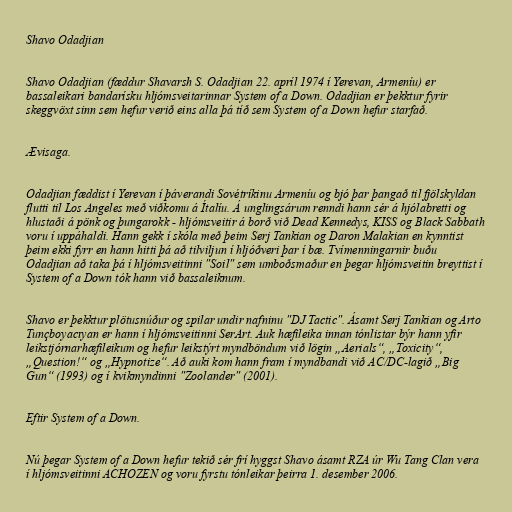
Shavo Odadjian

Shavo Odadjian (fæddur Shavarsh S. Odadjian 22. apríl 1974 í Yerevan, Armeníu) er
bassaleikari bandarísku hljómsveitarinnar System of a Down. Odadjian er þekktur fyrir
skeggvöxt sinn sem hefur verið eins alla þá tíð sem System of a Down hefur starfað.

Ævisaga.

Odadjian fæddist í Yerevan í þáverandi Sovétríkinu Armeníu og bjó þar þangað til fjölskyldan
flutti til Los Angeles með viðkomu á Ítalíu. Á unglingsárum renndi hann sér á hjólabretti og
hlustaði á pönk og þungarokk - hljómsveitir á borð við Dead Kennedys, KISS og Black Sabbath
voru í uppáhaldi. Hann gekk í skóla með þeim Serj Tankian og Daron Malakian en kynntist
þeim ekki fyrr en hann hitti þá að tilviljun í hljóðveri þar í bæ. Tvímenningarnir buðu
Odadjian að taka þá í hljómsveitinni "Soil" sem umboðsmaður en þegar hljómsveitin breyttist í
System of a Down tók hann við bassaleiknum.

Shavo er þekktur plötusnúður og spilar undir nafninu "DJ Tactic". Ásamt Serj Tankian og Arto
Tunçboyacıyan er hann í hljómsveitinni SerArt. Auk hæfileika innan tónlistar býr hann yfir
leikstjórnarhæfileikum og hefur leikstýrt myndböndum við lögin „Aerials“, „Toxicity“,
„Question!“ og „Hypnotize“. Að auki kom hann fram í myndbandi við AC/DC-lagið „Big
Gun“ (1993) og í kvikmyndinni "Zoolander" (2001).

Eftir System of a Down.

Nú þegar System of a Down hefur tekið sér frí hyggst Shavo ásamt RZA úr Wu Tang Clan vera
í hljómsveitinni ACHOZEN og voru fyrstu tónleikar þeirra 1. desember 2006.